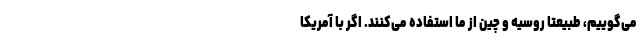
می‌گوییم، طبیعتا روسیه و چین از ما استفاده می‌کنند. اگر با آمریکا